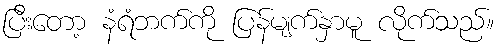
ပြီးတော့ နံရံဘက်ကို ပြန်မျက်နှာမူ လိုက်သည်။